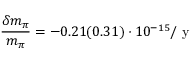
\frac { \delta m _ { \pi } } { m _ { \pi } } = - 0 . 2 1 ( 0 . 3 1 ) \cdot 1 0 ^ { - 1 5 } / \mathrm { ~ y ~ }